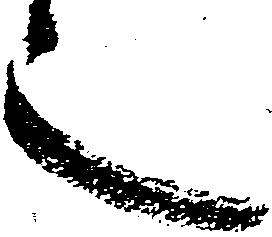
言